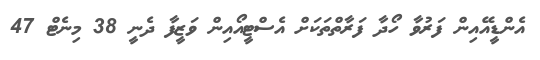
އެންޑީއޭއިން ފަރުވާ ހޯދާ ފަރާތްތަކަށް އެސްޓީއޯއިން ވަޒީފާ ދެނީ 38 މިނެޓް 47